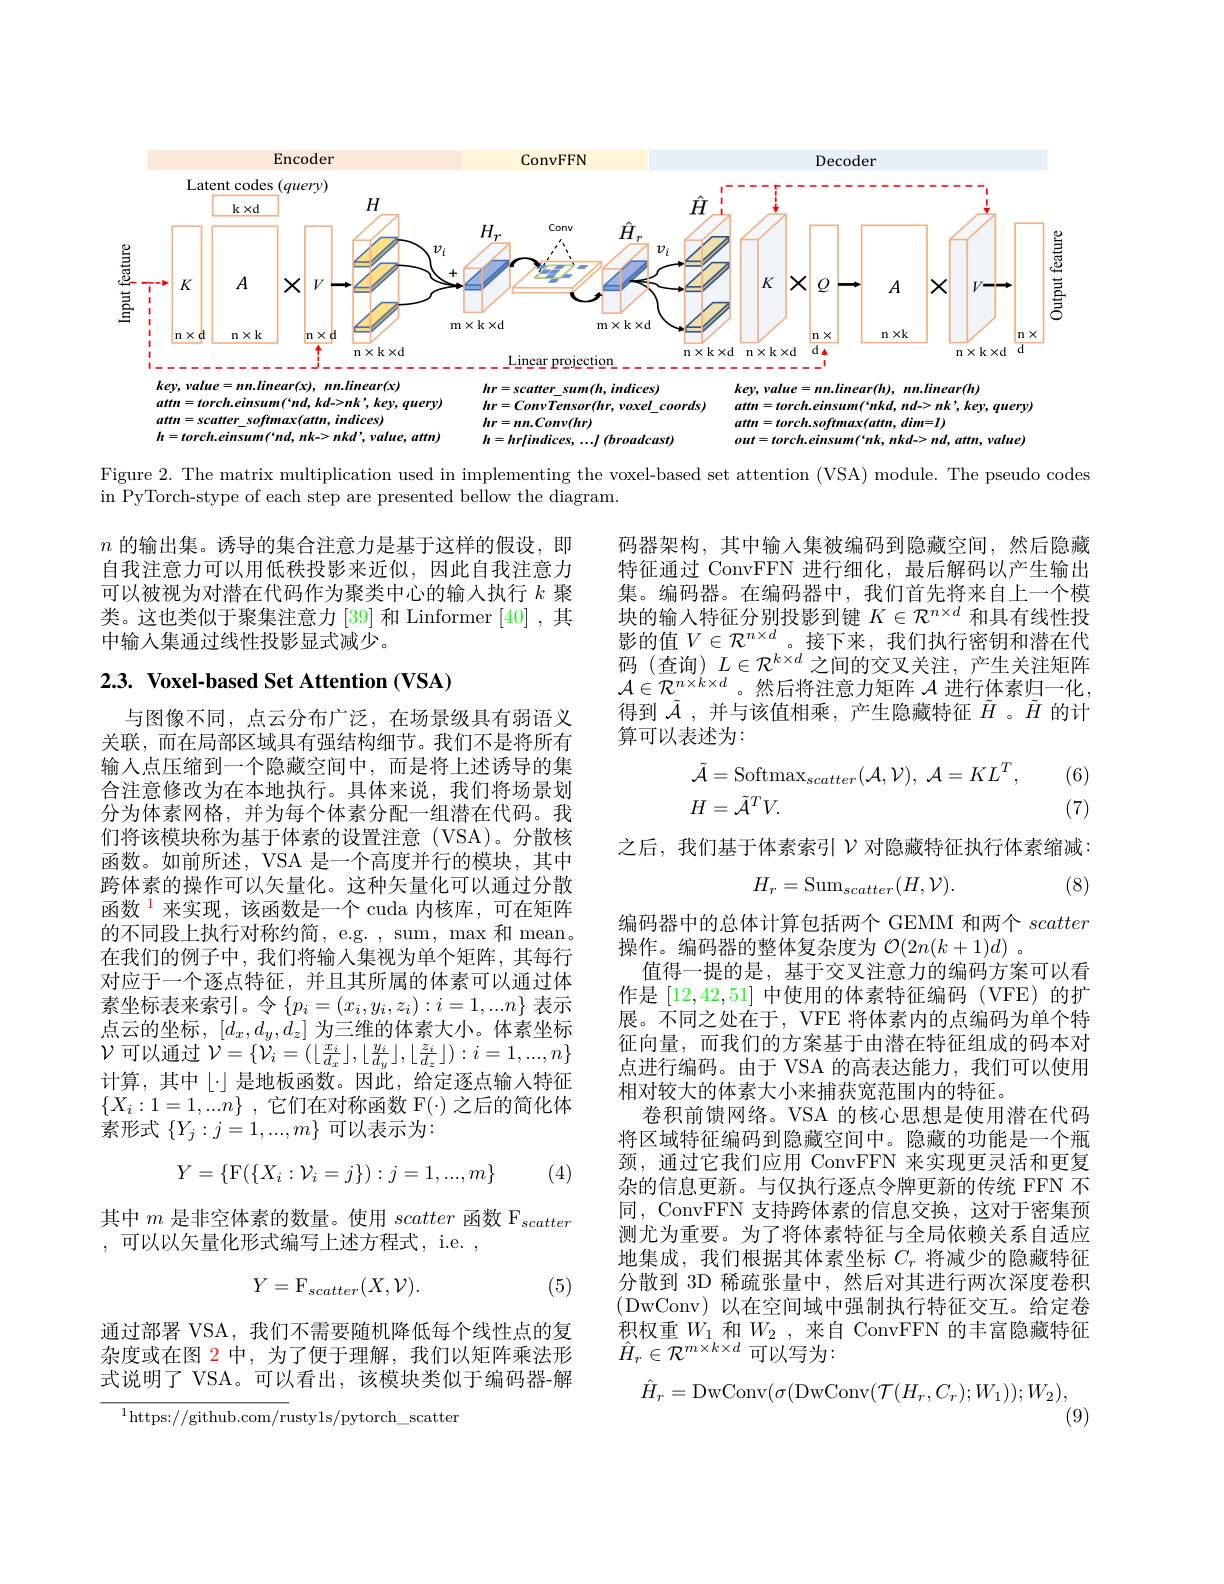
<FigureHere>

Figure 2. The matrix multiplication used in implementing the voxel-based set attention (VSA) module. The pseudo codes
in PyTorch-stype of each step are presented bellow the diagram.

$n$的输出集。诱导的集合注意力是基于这样的假设，即自我注意力可以用低秩投影来近似，因此自我注意力可以被视为对潜在代码作为聚类中心的输入执行$k$聚类。这也类似于聚集注意力 [39] 和 Linformer [40] ,其中输人集通过线性投影显式减少。

码器架构，其中输入集被编码到隐藏空间，然后隐藏特征通过 ConvFFN 进行细化，最后解码以产生输出集。编码器。在编码器中，我们首先将来自上一个模块的输入特征分别投影到键$K\in\mathcal{R}^n\times d$和具有线性投影的值$V\in\mathcal{R}^{n\times d}$。接下来，我们执行密钥和潜在代码(查询)$L\in\mathcal{R}^k\times d$之间的交叉关注，产生关注矩阵$\mathcal{A}\in\mathcal{R}_{\tilde{n}}^{n\times k\times d}$。然后将注意力矩阵 $\mathcal{A}$ 进行体素归一化， 得到$\tilde{A}$ ,并与该值相乘，产生隐藏特征$\tilde{H}$ 。$\tilde{H}$的计算可以表述为：
$$\begin{aligned}\tilde{\mathcal{A}}&=\mathrm{Softmax}_{scatter}(\mathcal{A},\mathcal{V}),\:\mathcal{A}=KL^T,\\H&=\tilde{\mathcal{A}}^TV.\end{aligned}$$
## $2. 3. \textbf{ Voxel- based Set Attention ( VSA) }$

(6)

(7)

之后，我们基于体素索引$\mathcal{V}$对隐藏特征执行体素缩减：
$$H_{r}=\mathrm{Sum}_{scatter}(H,\mathcal{V}).$$
(8)

与图像不同，点云分布广泛，在场景级具有弱语义关联，而在局部区域具有强结构细节。我们不是将所有输入点压缩到一个隐藏空间中，而是将上述诱导的集合注意修改为在本地执行。具体来说，我们将场景划分为体素网格，并为每个体素分配一组潜在代码。我们将该模块称为基于体素的设置注意 (VSA)。分散核函数。如前所述，VSA 是一个高度并行的模块，其中跨体素的操作可以矢量化。这种矢量化可以通过分散函数$^{\mathrm{l}}$来实现，该函数是一个 cuda 内核库，可在矩阵的不同段上执行对称约简，e.g. , sum, max 和 mean。在我们的例子中，我们将输入集视为单个矩阵，其每行对应于一个逐点特征，并且其所属的体素可以通过体素坐标表来索引。令$\{p_i=(x_i,y_i,z_i):i=1,...n\}$表示点云的坐标，$[d_x,d_y,d_z]$为三维的体素大小。体素坐标$\mathcal{V}$可以通过 $\mathcal{V}=\{\dot{\mathcal{V}}_i=(\lfloor\frac{x_i}{d_x}\rfloor,\lfloor\frac{y_i}{d_y}\rfloor,\lfloor\frac{z_i}{d_z}\rfloor):i=1,...,n\}$ 计算，其中$\lfloor\cdot\rfloor$是地板函数。因此，给定逐点输人特征$\{ X_i: 1= 1, . . . n\}$ ,它们在对称函数 F(-)之后的简化体素形式 $\{Y_j:j=1,...,m\}$ 可以表示为：

编码器中的总体计算包括两个 GEMM 和两个scatter
操作。编码器的整体复杂度为$\mathcal{O} ( 2n( k+ 1) d)$ .
值得一提的是，基于交叉注意力的编码方案可以看作是[12,42,51]中使用的体素特征编码(VFE)的扩展。不同之处在于，VFE 将体素内的点编码为单个特征向量，而我们的方案基于由潜在特征组成的码本对点进行编码。由于 VSA 的高表达能力，我们可以使用相对较大的体素大小来捕获宽范围内的特征。
卷积前馈网络。VSA 的核心思想是使用潜在代码将区域特征编码到隐藏空间中。隐藏的功能是一个瓶颈，通过它我们应用 ConvFFN 来实现更灵活和更复杂的信息更新。与仅执行逐点令牌更新的传统 FFN 不同，ConvFFN 支持跨体素的信息交换，这对于密集预测尤为重要。为了将体素特征与全局依赖关系自适应地集成，我们根据其体素坐标$C_r$将减少的隐藏特征分散到 3D 稀疏张量中，然后对其进行两次深度卷积(DwConv)以在空间域中强制执行特征交互。给定卷积权重$W_1$ 和$W_2$ ,来自 ConvFFN 的丰富隐藏特征$\hat{H}_{r}\in\mathcal{R}^{m\times k\times d}$可以写为：
$$\hat{H}_r=\mathrm{DwConv}(\sigma(\mathrm{DwConv}(\mathcal{T}(H_r,C_r);W_1));W_2),$$
$$Y=\{\mathrm{F}(\{X_i:\mathcal{V}_i=j\}):j=1,...,m\}$$
(4)

其中$m$是非空体素的数量。使用scatter函数 F$_scatter$
,可以以矢量化形式编写上述方程式，i.e.,
$$Y=\mathrm{F}_{scatter}(X,\mathcal{V}).$$
(5)

通过部署 VSA,我们不需要随机降低每个线性点的复杂度或在图 2 中，为了便于理解，我们以矩阵乘法形式说明了 VSA。可以看出，该模块类似于编码器-解

(9)

$^{1}$https://github.com/rustyls/pytorch\_scatter